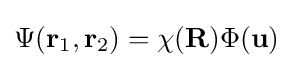
\Psi (\mathbf {r} _{1},\mathbf {r} _{2})=\chi (\mathbf {R} )\Phi (\mathbf {u} )